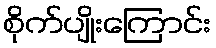
စိုက်ပျိုးကြောင်း